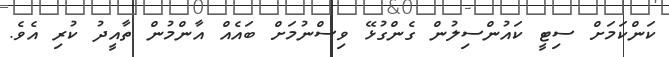
ކަންކަމަށް ސިޓީ ކައުންސިލުން ގެންގުޅޭ ވިސްނުމަށް ބައެއް އާންމުން ތާއީދު ކުރި އެވެ.